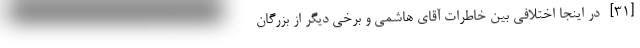
[۳۱]- در اینجا اختلافی بین خاطرات آقای هاشمی و برخی دیگر از بزرگان